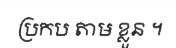
ប្រកប តាម ខ្លួន ។